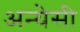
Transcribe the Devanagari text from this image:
अन्येसी